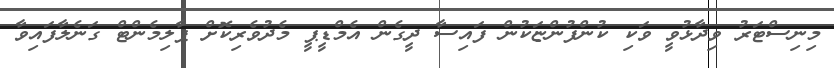
މިނިސްޓަރު ވިދާޅުވީ ވަކި ކުންފުންޏަކުން ފައިސާ ދީގެން އެމްޑީޕީ މެދުވެރިކޮށް ޕާލިމެންޓް ގަނެލާފައިވާ